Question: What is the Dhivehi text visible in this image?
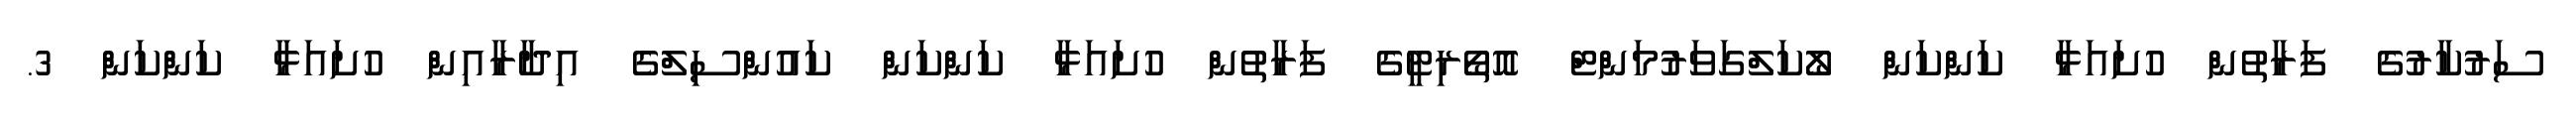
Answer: ސަރުކާރުގެ ފަރާތުން ހުށައަޅާ ކަންކަން ލޯކަލްގަވަރުމަންޓް އޮތޯރިޓީގެ ފަރާތުން ހުށައަޅާ ކަންކަން ކައުންސިލްގެ އިދާރާއިން ހުށައަޅާ ކަންކަން 3.